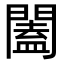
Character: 闔